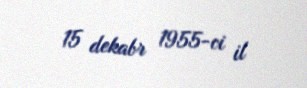
15 dekabr 1955-ci il